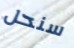
سنحل